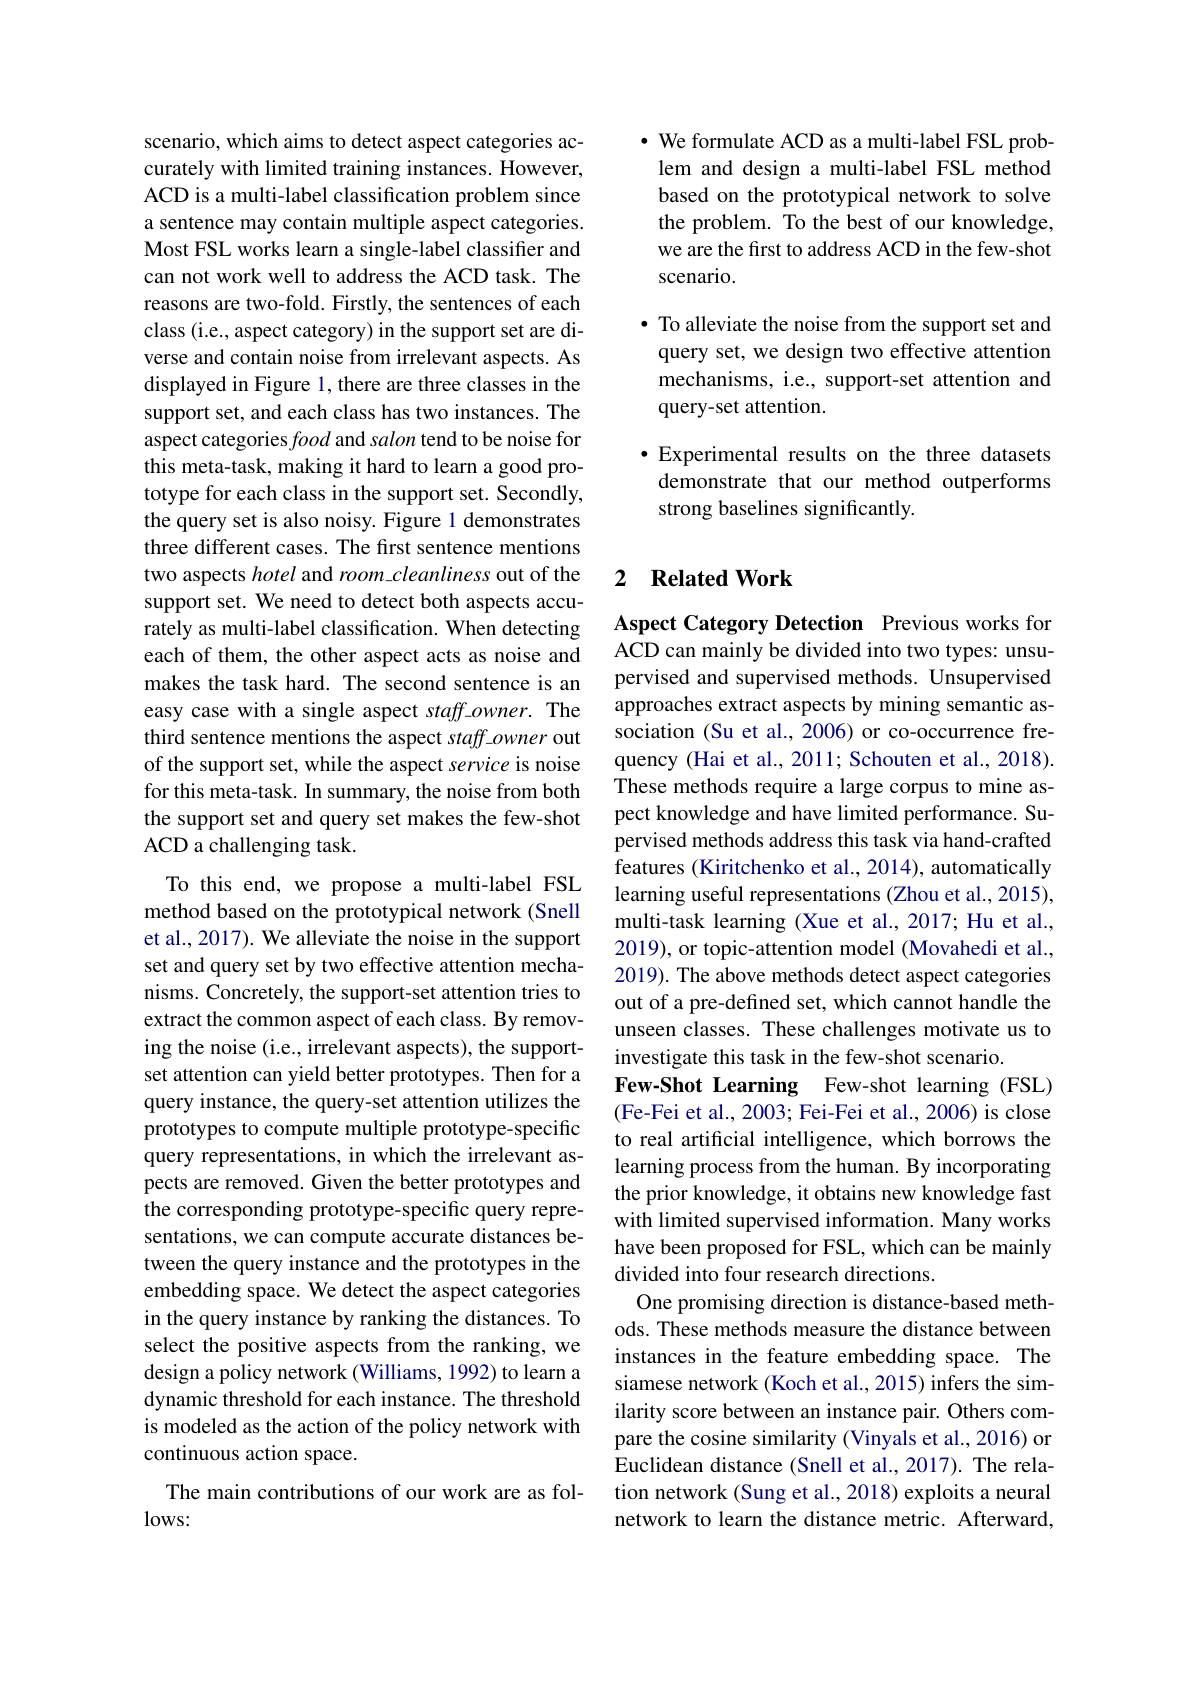
scenario, which aims to detect aspect categories accurately with limited training instances. However, ACD is a multi-label classification problem since a sentence may contain multiple aspect categories. Most FSL works learn a single-label classifier and can not work well to address the ACD task. The reasons are two-fold. Firstly, the sentences of each class (i.e., aspect category) in the support set are diverse and contain noise from irrelevant aspects. As displayed in Figure 1, there are three classes in the support set, and each class has two instances. The aspect categories food and salon tend to be noise for this meta-task, making it hard to learn a good prototype for each class in the support set. Secondly, the query set is also noisy. Figure 1 demonstrates three different cases. The first sentence mentions two aspects hotel and room cleanliness out of the support set. We need to detect both aspects accurately as multi-label classification. When detecting each of them, the other aspect acts as noise and makes the task hard. The second sentence is an easy case with a single aspect staff-owner. The third sentence mentions the aspect staff-owner out of the support set, while the aspect service is noise for this meta-task. In summary, the noise from both the support set and query set makes the few-shot ACD a challenging task.
To this end, we propose a multi-label FSL

method based on the prototypical network (Snell et al., 2017). We alleviate the noise in the support set and query set by two effective attention mechanisms. Concretely, the support-set attention tries to extract the common aspect of each class. By removing the noise (i.e., irrelevant aspects), the supportset attention can yield better prototypes. Then for a query instance, the query-set attention utilizes the prototypes to compute multiple prototype-specific query representations, in which the irrelevant aspects are removed. Given the better prototypes and the corresponding prototype-specific query representations, we can compute accurate distances between the query instance and the prototypes in the embedding space. We detect the aspect categories in the query instance by ranking the distances. To select the positive aspects from the ranking, we design a policy network (Williams, 1992) to learn a dynamic threshold for each instance. The threshold is modeled as the action of the policy network with continuous action space.
The main contributions of our work are as fol-
$lows:$

$\cdot$ We formulate ACD as a multi-label FSL problem and design a multi-label FSL method based on the prototypical network to solve the problem. To the best of our knowledge, we are the first to address ACD in the few-shot scenario.

· To alleviate the noise from the support set and query set, we design two effective attention mechanisms, i.e., support-set attention and query-set attention.

$\bullet$ Experimental results on the three datasets demonstrate that our method outperforms strong baselines significantly.

### 2 $\textbf{Related Work}$

Aspect Category Detection Previous works for ACD can mainly be divided into two types: unsupervised and supervised methods. Unsupervised approaches extract aspects by mining semantic association (Su et al., 2006) or co-occurrence frequency (Hai et al., 2011; Schouten et al., 2018). These methods require a large corpus to mine aspect knowledge and have limited performance. Supervised methods address this task via hand-crafted features (Kiritchenko et al., 2014), automatically learning useful representations (Zhou et al., 2015), multi-task learning (Xue et al., 2017; Hu et al., 2019), or topic-attention model (Movahedi et al., 2019). The above methods detect aspect categories out of a pre-defined set, which cannot handle the unseen classes. These challenges motivate us to investigate this task in the few-shot scenario.
Few-Shot Learning Few-shot learning (FSL) (Fe-Fei et al., 2003; Fei-Fei et al., 2006) is close to real artificial intelligence, which borrows the learning process from the human. By incorporating the prior knowledge, it obtains new knowledge fast with limited supervised information. Many works have been proposed for FSL, which can be mainly divided into four research directions.
One promising direction is distance-based methods. These methods measure the distance between instances in the feature embedding space. The siamese network (Koch et al., 2015) infers the similarity score between an instance pair. Others compare the cosine similarity (Vinyals et al., 2016) or Euclidean distance (Snell et al., 2017). The relation network (Sung et al., 2018) exploits a neural network to learn the distance metric. Afterward,